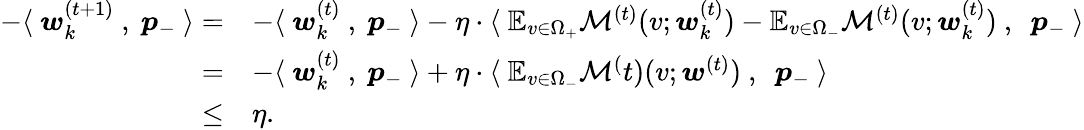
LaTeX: \begin{array}{rl}{-\langle~{\boldsymbol w}_{k}^{(t+1)}~,~{\boldsymbol p}_{-}~\rangle=}&{-\langle~{\boldsymbol w}_{k}^{(t)}~,~{\boldsymbol p}_{-}~\rangle-\eta\cdot\langle~\mathbb{E}_{v\in\Omega_{+}}\mathcal{M}^{(t)}(v;{\boldsymbol w}_{k}^{(t)})-\mathbb{E}_{v\in\Omega_{-}}\mathcal{M}^{(t)}(v;{\boldsymbol w}_{k}^{(t)})~,~~{\boldsymbol p}_{-}~\rangle}\\ {=}&{-\langle~{\boldsymbol w}_{k}^{(t)}~,~{\boldsymbol p}_{-}~\rangle+\eta\cdot\langle~\mathbb{E}_{v\in\Omega_{-}}\mathcal{M}^(t)(v;{\boldsymbol w}^{(t)})~,~~{\boldsymbol p}_{-}~\rangle}\\ {\le}&{\eta.}\end{array}